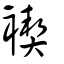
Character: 褉